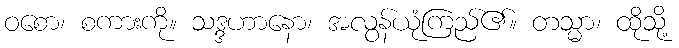
ဝစော၊ စကားကို။ သဒ္ဒဟာနော၊ အလွန်ယုံကြည်၏။ တသ္မာ၊ ထိုသို့